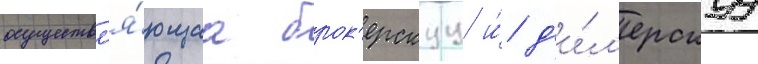
осуществл'я́ющаа брок'ерскуу и́ д'и́л'ерскуу